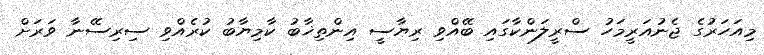
މިއަހަރުގެ ޖެނުއަރީމަހު ސްރީލަންކާގައި ބޭއްވި ރިޔާސީ އިންތިޚާބު ކާމިޔާބު ކުރެއްވި ސިރިސޭނާ ވަރަށް